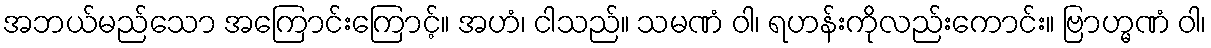
အဘယ်မည်သော အကြောင်းကြောင့်။ အဟံ၊ ငါသည်။ သမဏံ ဝါ၊ ရဟန်းကိုလည်းကောင်း။ ဗြာဟ္မဏံ ဝါ၊